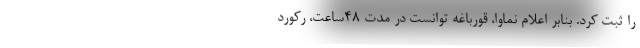
را ثبت کرد. بنابر اعلام نماوا، قورباغه توانست در مدت ۴۸ساعت، رکورد